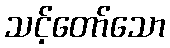
သင့်တော်သော